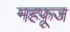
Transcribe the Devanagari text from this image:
महफ़ूज